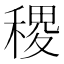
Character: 稷